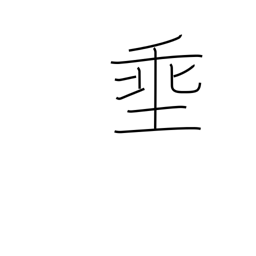
Meaning: let down